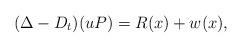
LaTeX: \begin{align*}(\Delta - D_t) (uP)= R(x) + w(x), \end{align*}